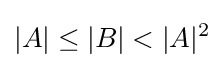
|A|\leq |B|<|A|^{2}